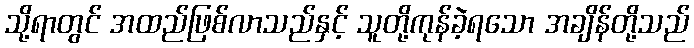
သို့ရာတွင် အထည်ဖြစ်လာသည်နှင့် သူတို့ကုန်ခဲ့ရသော အချိန်တို့သည်